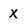
Character: X